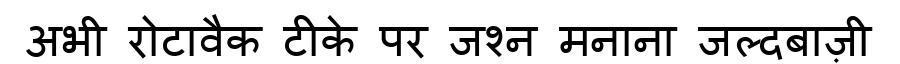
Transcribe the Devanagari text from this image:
अभी रोटावैक टीके पर जश्न मनाना जल्दबाज़ी